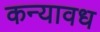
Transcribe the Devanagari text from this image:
कन्यावध